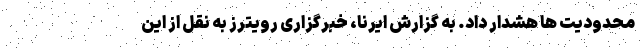
محدودیت ها هشدار داد. به گزارش ایرنا، خبرگزاری رویترز به نقل از این